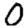
Digit: 0